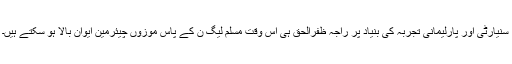
سنیارٹی اور پارلیمانی تجربہ کی بنیاد پر راجہ ظفرالحق ہی اس وقت مسلم لیگ ن کے پاس موزوں چیئرمین ایوان بالا ہو سکتے ہیں۔